Vaccination in Bombay 1902-1912 - 1902-1912
Year: 1902
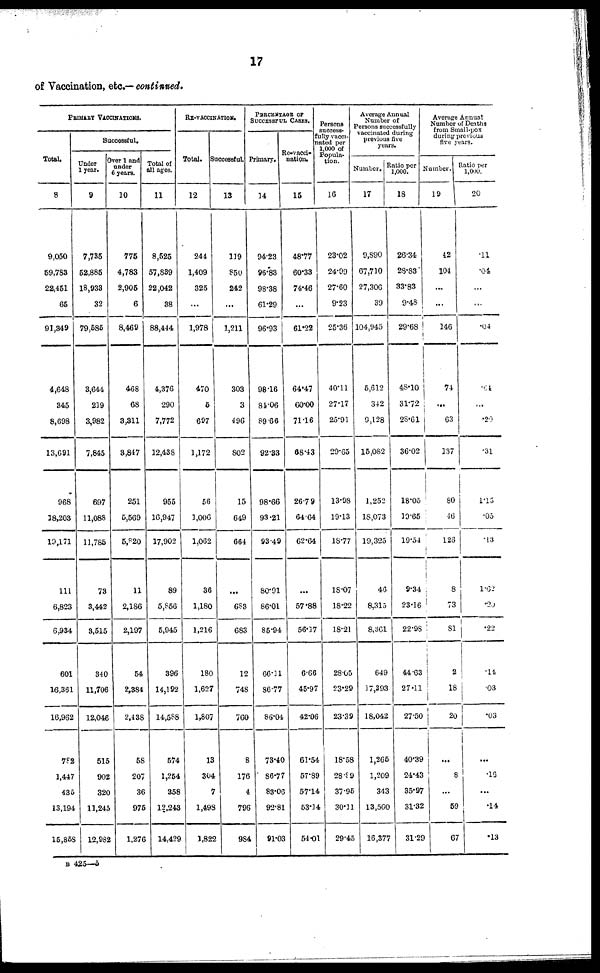
17
of Vaccination, etc.— continued.
PRIMARY VACCINATIONS.
Total.
8
9,050
59,783
22,451
65
91,349
4,648
345
8,698
13,691
968
18,203
19,171
111
6,823
6,934
601
16,361
16,962
782
1,447
435
13,194
15,858
Successful.
Under
1 year.
9
7,735
52,885
18,933
32
79,585
3,644
219
3,982
7,845
697
11,088
11,785
73
3,442
3,515
340
11,706
12,046
515
902
320
11,245
12,982
Over 1 and
under
6 years.
10
775
4,783
2,905
6
8,469
468
68
3,311
3,847
251
5,569
5,820
11
2,186
2,197
54
2,384
2,438
58
207
36
975
1,276
Total of
all ages.
11
8,525
57,839
22,042
38
88,444
4,376
290
7,772
12,438
955
16,947
17,902
89
5,856
5,945
396
14,192
14,558
574
1,254
358
12,243
14,429
RE-VACCINATION.
Total.
12
244
1,409
325
...
1,978
470
5
697
1,172
56
1,006
1,062
36
1,180
1,216
180
1,627
1,807
13
304
7
1,498
1,822
Successful.
13
119
850
242
...
1,211
303
3
496
802
15
649
664
...
683
683
12
748
760
8
176
4
796
984
PERCENTAGE OF
SUCCESSFUL CASES.
Primary.
14
94.23
96.83
98.38
61.29
96.93
98.16
84.06
89.66
92.33
98.66
93.21
93.49
80.91
86.01
85.94
66.11
86.77
86.04
73.40
86.77
83.06
92.81
91.03
Re-vacci-
nation.
15
48.77
60.33
74.46
...
61.22
64.47
60.00
71.16
88.43
26.79
64.64
62.64
...
57.88
56.37
6.66
45.97
42.06
61.54
57.89
57.14
53.14
54.01
Persons
success-
fully vacci-
nated per
1,000 of
Popula-
tion.
16
23.02
24.99
27.60
9.23
25.36
40.11
27.17
25.91
29.65
13.98
19.13
18.77
18.07
18.22
18.21
28.05
23.29
23.39
18.58
28.89
37.95
30.11
29.45
Average Annual
Number of
Persons successfully
vaccinated during
previous five
years.
Number.
17
9,890
67,710
27,306
39
104,945
5,612
342
9,128
15,082
1,252
18,073
19,325
46
8,315
8,361
649
17,393
18,042
1,265
1,209
343
13,560
16,377
Ratio per
1,000.
18
26.34
28.83
33.83
9.48
29.68
45.10
31.72
28.61
36.02
18.05
19.65
19.54
9.34
23.16
22.98
44.63
27.11
27.50
40.39
24.43
35.97
31.32
31.29
Average Annual
Number of Deaths
from Small-pox
during previous
five years.
Number.
19
42
104
...
...
146
74
...
63
137
80
46
123
8
73
81
2
18
20
...
8
...
59
67
Ratio per
1,000.
20
.11
.04
...
...
.04
.64
...
.20
.31
1.15
.05
.13
1.62
.20
.22
.14
.03
.03
...
.16
...
.14
.13
B 425—5